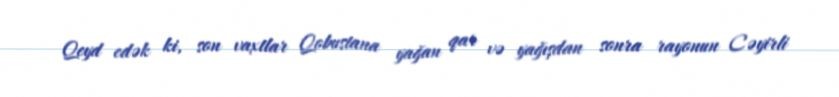
Qeyd edək ki, son vaxtlar Qobustana yağan qar və yağışdan sonra rayonun Cəyirli